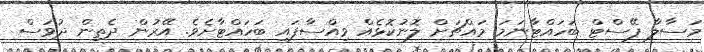
މަސާލާ ޕޭސްޓް ބަހައްޓާނަމަ މައްޗަށް ލޮނުކޮޅެއް ވިއްސާފައި ބަހައްޓާށެވެ. އޭރުން ދެތިން ދުވަސް